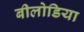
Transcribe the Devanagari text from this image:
बीलोडिया